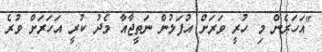
"އަހަރެން މި ހުރީ ވަރަށް އުފަލުން ނަތީޖާއާ މެދު ކުރީ އަހަރަށް ވުރެ